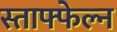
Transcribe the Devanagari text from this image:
स्ताफ्फेल्न